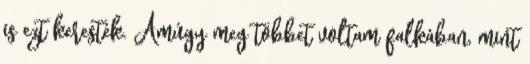
is ezt keresték. Amúgy meg többet voltam falkában, mint